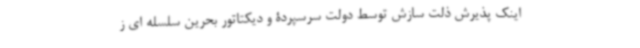
اینک پذیرش ذلت سازش توسط دولت سرسپردۀ و دیکتاتور بحرین سلسله ای ز